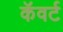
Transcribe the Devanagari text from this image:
कॅवर्ट